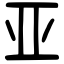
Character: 亚